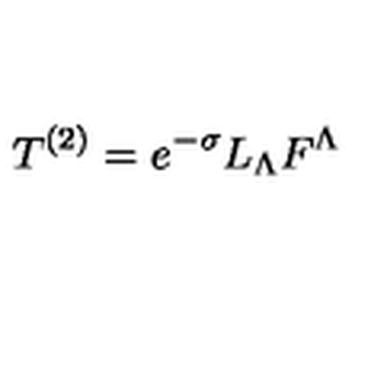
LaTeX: T ^ { ( 2 ) } = e ^ { - \sigma } L _ { \Lambda } F ^ { \Lambda }